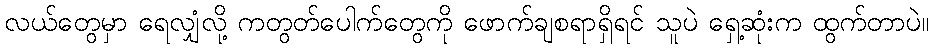
လယ်တွေမှာ ရေလျှံလို့ ကတွတ်ပေါက်တွေကို ဖောက်ချစရာရှိရင် သူပဲ ရှေ့ဆုံးက ထွက်တာပဲ။